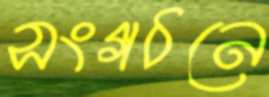
সংগঠনে